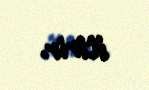
itirir.